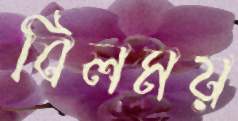
বিলময়